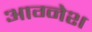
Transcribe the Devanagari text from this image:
आग्नेश